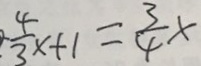
\frac { 4 } { 3 } x + 1 = \frac { 3 } { 4 } x